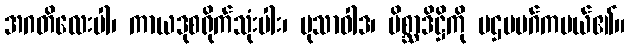
အဂတိလေးပါ၊ ကာယဒုစရိုက်သုံးပါး၊ မုသာဝါဒ၊ မိစ္ဆာဒိဋ္ဌိကို ပဌမမဂ်ကပယ်၏။